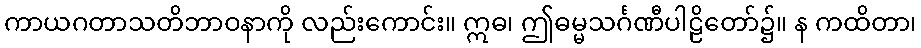
ကာယဂတာသတိဘာဝနာကို လည်းကောင်း။ ဣဓ၊ ဤဓမ္မသင်္ဂဏီပါဠိတော်၌။ န ကထိတာ၊